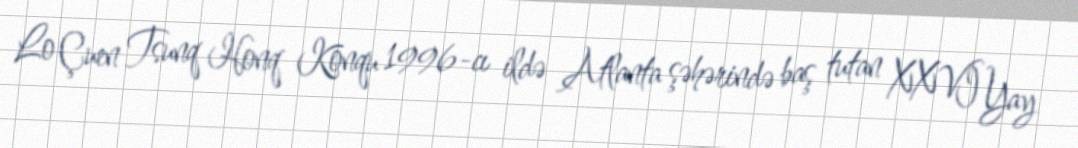
Lo Çuen Tsunq Honq Konqu 1996-cı ildə Atlanta şəhərində baş tutan XXVI Yay